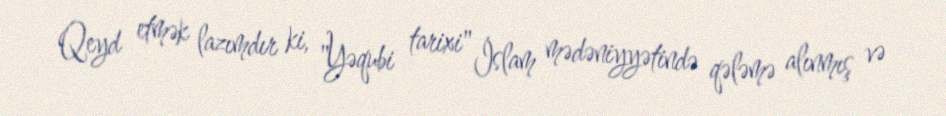
Qeyd etmək lazımdır ki, "Yəqubi tarixi" İslam mədəniyyətində qələmə alınmış və